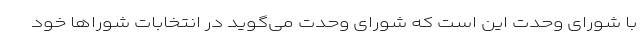
با شورای وحدت این است که شورای وحدت می‌گوید در انتخابات شوراها خود